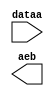
module lpm_compare246346 (
	dataa,
	aeb);

	input	[47:0]  dataa;
	output	  aeb;

endmodule